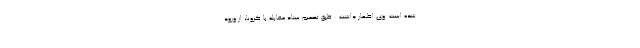
شده است. وی اظهار داشت : طبق تصمیم ستاد مقابله با کرونا، از ورود